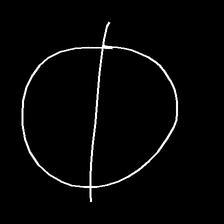
Glyph: orb